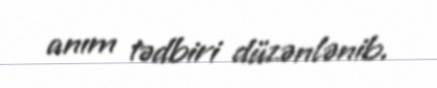
anım tədbiri düzənlənib.